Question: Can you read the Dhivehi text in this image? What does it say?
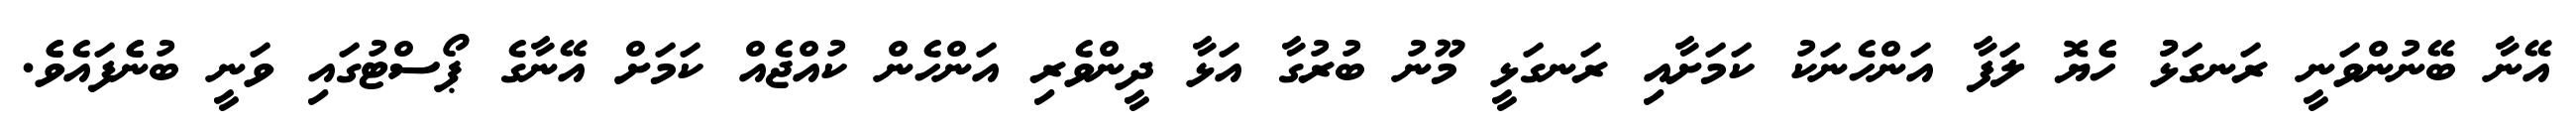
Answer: އޭނާ ބޭނުންވަނީ ރަނގަޅުު ހެެޔޮ ލަފާ އަންހެނަކު ކަމަށާއި ރަނގަޅީ މޫނު ބުރުގާ އަޅާ ދީންވެރި އަންހެން ކުއްޖެއް ކަމަށް އޭނާގެ ޕޯސްޓުގައި ވަނީ ބުނެެފައެވެެ.